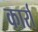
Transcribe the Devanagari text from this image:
कार्रा